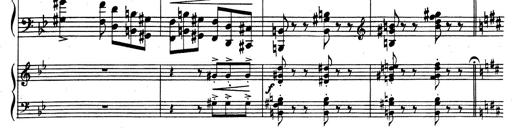
Title: Rhapsodie espagnole
Composer: Franz Liszt